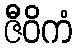
ဇီဝိကံ